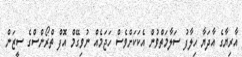
އާރިޔާގެ އާދަޔާ ހިލާފު ސަލާމަތްވުން އެކަކަށްވެސް ހަޖަމެއް ނުވިގޭމް އޮފް ތްރޯންސްގެ ސީޒަން